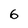
Character: 6